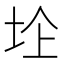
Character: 𱖛